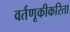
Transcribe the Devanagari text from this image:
वर्तणूकीकरिता